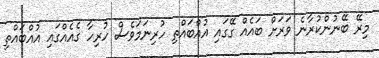
މިރޭ ބޭނުންކުރާނެ ވަރަށް ބައެއް ގޭގައި އުއްބައްތި ހުރިނަމަވެސް ހުރިހާ ގެއެއްގައި އުއްބައްތި